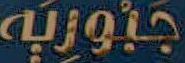
جنوريه